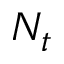
N _ { t }